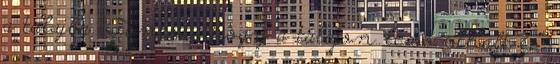
a talajba. Fontos, hogy a talajon lévő elhalt és